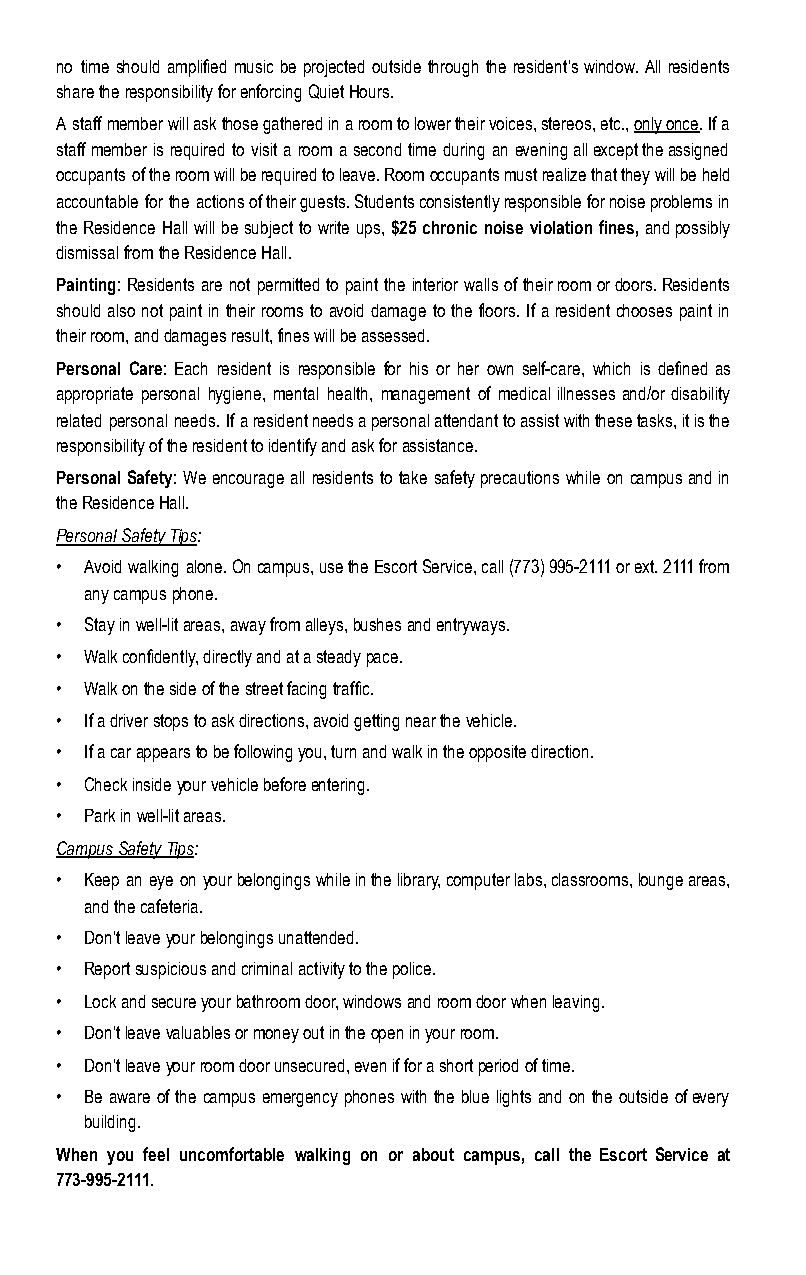
no time should amplified music be projected outside through the resident’s window. All residents
 share the responsibility for enforcing Quiet Hours.
 A staff member will ask those gathered in a room to lower their voices, stereos, etc., only once. If a
 staff member is required to visit a room a second time during an evening all except the assigned
 occupants of the room will be required to leave. Room occupants must realize that they will be held
 accountable for the actions of their guests. Students consistently responsible for noise problems in
 the Residence Hall will be subject to write ups, $25 chronic noise violation fines, and possibly
 dismissal from the Residence Hall.
 Painting: Residents are not permitted to paint the interior walls of their room or doors. Residents
 should also not paint in their rooms to avoid damage to the floors. If a resident chooses paint in
 their room, and damages result, fines will be assessed.
 Personal Care: Each resident is responsible for his or her own self-care, which is defined as
 appropriate personal hygiene, mental health, management of medical illnesses and/or disability
 related personal needs. If a resident needs a personal attendant to assist with these tasks, it is the
 responsibility of the resident to identify and ask for assistance.
 Personal Safety: We encourage all residents to take safety precautions while on campus and in
 the Residence Hall.
 Personal Safety Tips:
 • Avoid walking alone. On campus, use the Escort Service, call (773) 995-2111 or ext. 2111 from
 any campus phone.
 • Stay in well-lit areas, away from alleys, bushes and entryways.
 • Walk confidently, directly and at a steady pace.
 • Walk on the side of the street facing traffic.
 • If a driver stops to ask directions, avoid getting near the vehicle.
 • If a car appears to be following you, turn and walk in the opposite direction.
 • Check inside your vehicle before entering.
 • Park in well-lit areas.
 Campus Safety Tips:
 • Keep an eye on your belongings while in the library, computer labs, classrooms, lounge areas,
 and the cafeteria.
 • Don’t leave your belongings unattended.
 • Report suspicious and criminal activity to the police.
 • Lock and secure your bathroom door, windows and room door when leaving.
 • Don’t leave valuables or money out in the open in your room.
 • Don’t leave your room door unsecured, even if for a short period of time.
 • Be aware of the campus emergency phones with the blue lights and on the outside of every
 building.
 When you feel uncomfortable walking on or about campus, call the Escort Service at
 773-995-2111.